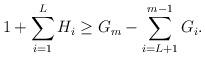
LaTeX: \begin{align*} 1+\sum^{L}_{i=1}H_i \geq G_m-\sum_{i=L+1}^{m-1}G_i.\end{align*}